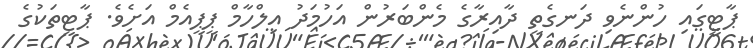
ޕާޓީގައި ހުންނެވި ދަނގެތީ ދާއިރާގެ މެންބަރުން އަހުމަދު އިލްހާމް ޕީޕީއެމް އަށެވެ. ޕާޓީތަކުގެ